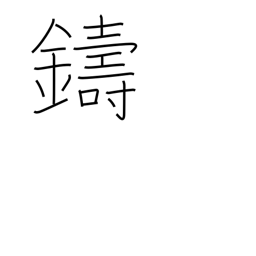
Meaning: cast